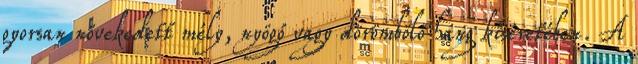
gyorsan növekedett mély, nyögő vagy dörömbölő hang kíséretében. A